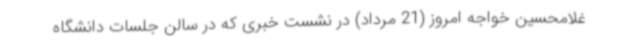
غلامحسین خواجه امروز (21 مرداد) در نشست خبری که در سالن جلسات دانشگاه